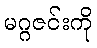
မဂ္ဂဇင်းကို